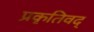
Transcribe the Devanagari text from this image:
प्रकृतिवद्